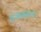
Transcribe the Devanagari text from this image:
प्रजननाय।